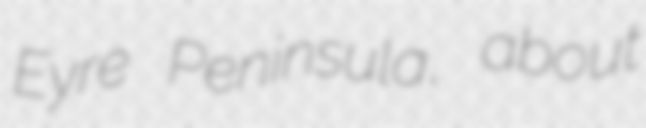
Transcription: Eyre Peninsula, about